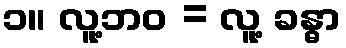
၁။ လူ့ဘဝ = လူ့ ခန္ဓာ